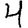
Digit: 4